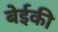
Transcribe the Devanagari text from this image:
बेईकी